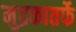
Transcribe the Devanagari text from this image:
मुद्रकातर्फे